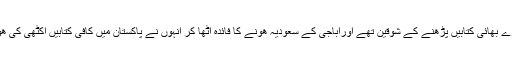
میرے بڑے بھائی کتابیں پڑھنے کے شوقین تھے اوراباجی کے سعودیہ ھونے کا فائدہ اٹھا کر انہوں نے پاکستان میں کافی کتابیں اکٹھی کی ھوئی تھیں۔